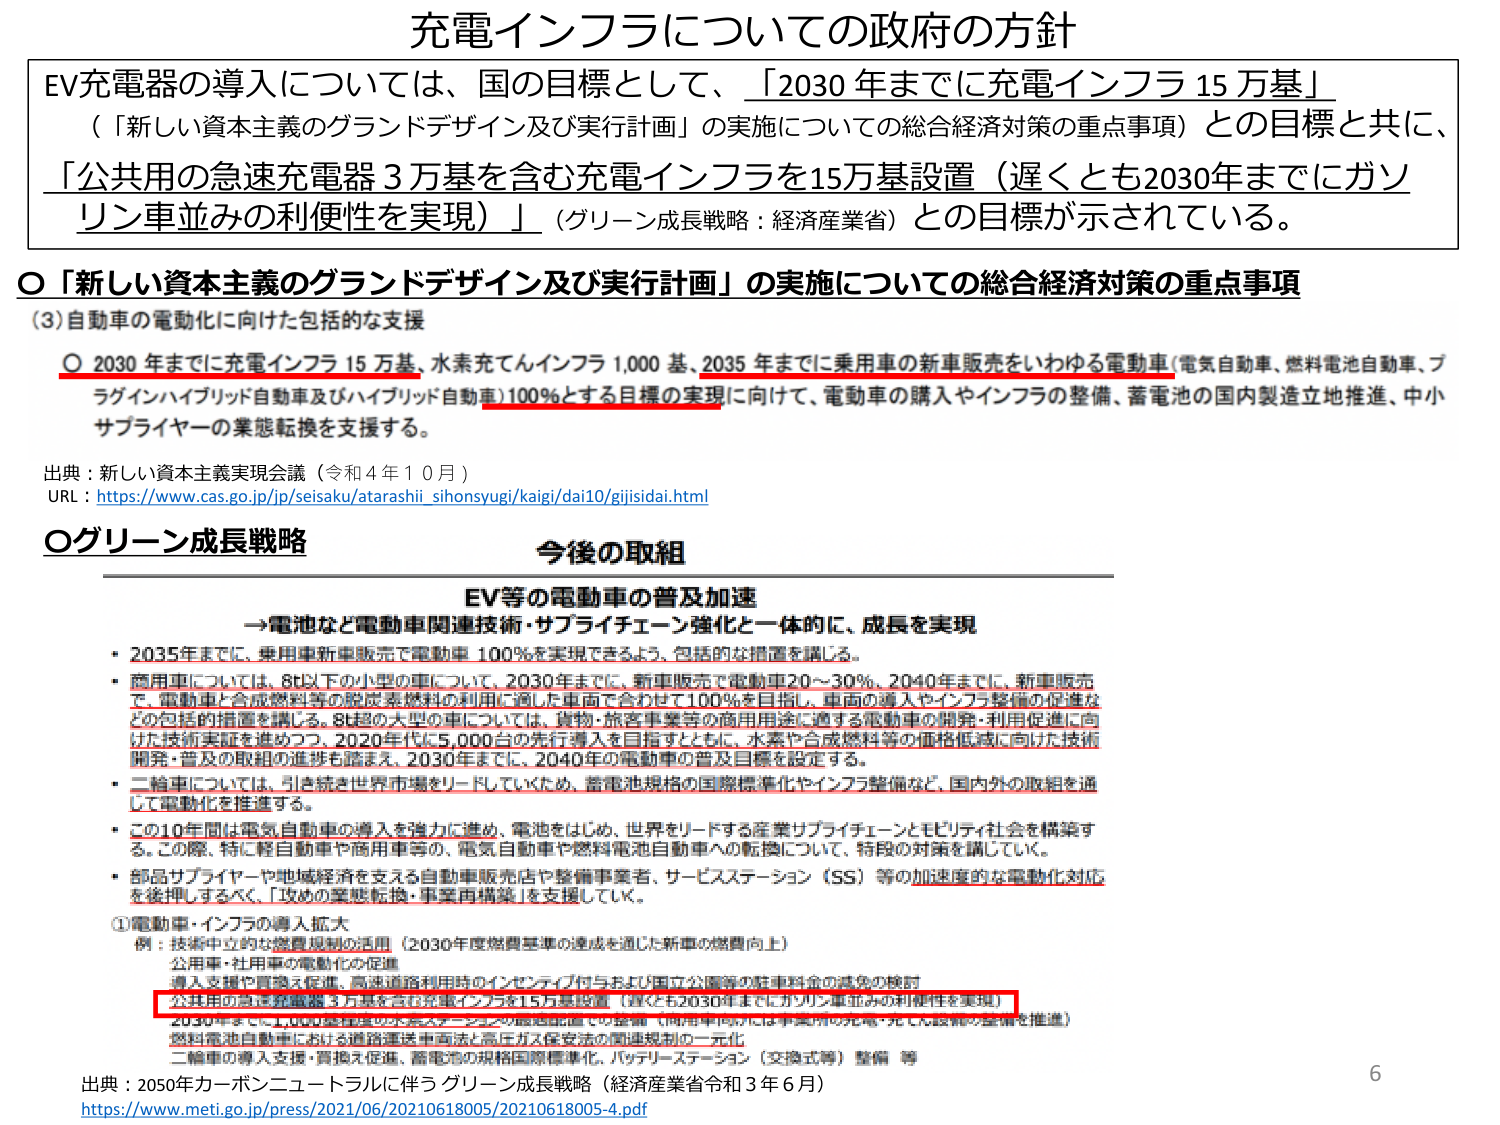
充電インフラについての政府の方針

EV充電器の導入については、国の目標として、「2030年までに充電インフラ15万基」
（「新しい資本主義のグランドデザイン及び実行計画」の実施についての総合経済対策の重点事項）との目標と共に、
「公共用の急速充電器3万基を含む充電インフラを15万基設置（遅くとも2030年までにガソリン車並みの利便性を実現）」（グリーン成長戦略：経済産業省）との目標が示されている。

○「新しい資本主義のグランドデザイン及び実行計画」の実施についての総合経済対策の重点事項
(3) 自動車の電動化に向けた包括的な支援
○ 2030年までに充電インフラ15万基、水素充てんインフラ1,000基、2035年までに乗用車の新車販売をいわゆる電動車（電気自動車、燃料電池自動車、プラグインハイブリッド自動車及びハイブリッド自動車）100％とする目標の実現に向けて、電動車の購入やインフラの整備、蓄電池の国内製造立地推進、中小サプライヤーの業態転換を支援する。

出典：新しい資本主義実現会議（令和4年10月）
URL：https://www.cas.go.jp/jp/seisaku/atarashii_sihonsyugi/kaigi/dai10/gijisidai.html

○グリーン成長戦略 今後の取組

EV等の電動車の普及加速
→電池など電動車関連技術・サプライチェーン強化と一体的に、成長を実現

・2035年までに、乗用車新車販売で電動車100％を実現できるよう、包括的な措置を講じる。
・商用車については、8t以下の小型の車について、2030年までに、新車販売で電動車20～30％、2040年までに、新車販売で、電動車と合成燃料等の脱炭素燃料の利用に適した車両で合わせて100％を目指し、車両の導入やインフラ整備の促進などの包括的措置を講じる。8t超の大型の車については、貨物・旅客事業等の商用車用途に適する電動車の開発・利用促進に向けた技術実証を進めつつ、2020年代に5,000台の先行導入を目指すとともに、水素や合成燃料等の価格低減に向けた技術開発・普及の取組の進捗を踏まえ、2030年までに、2040年の電動車の普及目標を設定する。
・二輪車については、引き続き世界市場をリードしていくため、蓄電池規格の国際標準化やインフラ整備など、国内外の取組を通じて電動化を推進する。
・この10年間は電気自動車の導入を強力に進め、電池をはじめ、世界をリードする産業サプライチェーンとモビリティ社会を構築する。この際、特に軽自動車や商用車等の、電気自動車や燃料電池自動車への転換について、特段の対策を講じていく。
・部品サプライヤーや地域経済を支える自動車販売店や整備事業者、サービスステーション（SS）等の加速度的な電動化対応を後押しするべく、「攻めの業態転換・事業再構築」を支援していく。

①電動車・インフラの導入拡大
例：技術中立的な激賞規制の活用（2030年度燃費基準の達成を過ぎた新車の燃費向上）
公用車・社用車の電動化の促進
導入支援や買換支援、高速道路利用時のインセンティブ付与および国直営公庫等の駐車料金の減免の検討
公共用の急速充電器3万基を含む充電インフラを15万基設置（遅くとも2030年までにガソリン車並みの利便性を実現）
2030年までに1,000基を設置する水素ステーションの整備（商用車向けには事業所の充電・充てん設備の整備を推進）
燃料電池自動車における道路運送車両法と高圧ガス保安法の関連規制の一体化
二輪車の導入支援・買換支援、蓄電池の規格国際標準化、バッテリーステーション（交換式等）整備 等

出典：2050年カーボンニュートラルに伴うグリーン成長戦略（経済産業省令和3年6月）
https://www.meti.go.jp/press/2021/06/20210618005/20210618005-4.pdf

6